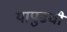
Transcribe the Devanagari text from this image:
यापुढची